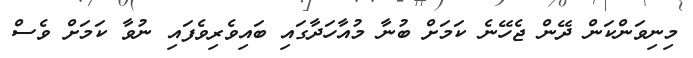
މިނިވަންކަން ދޭން ޖެހޭނެ ކަމަށް ބުނާ މުއާހަދާގައި ބައިވެރިވެފައި ނުވާ ކަމަށް ވެސް